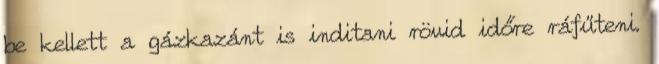
be kellett a gázkazánt is inditani rövid időre ráfűteni.